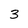
Character: 3